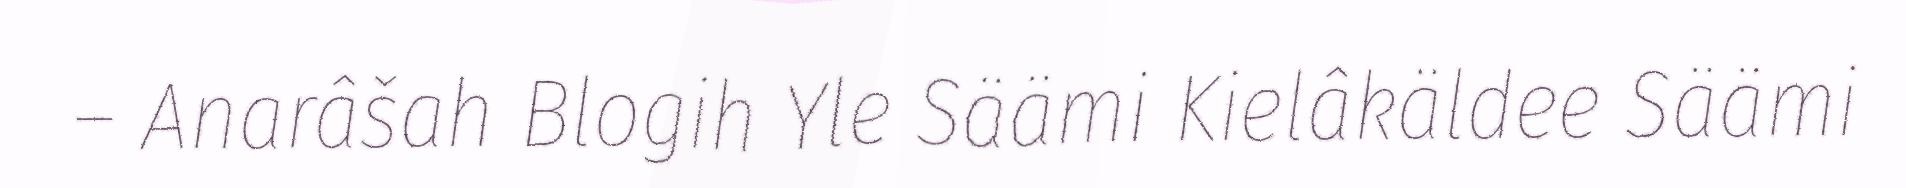
– Anarâšah Blogih Yle Säämi Kielâkäldee Säämi